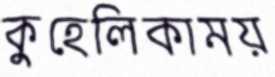
কুহেলিকাময়